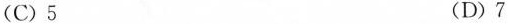
(C)5 (D)7